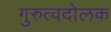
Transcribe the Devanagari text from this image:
गुरुत्वदोलक